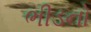
ભીડનો